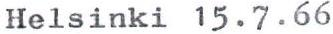
Helsinki 15.7.66